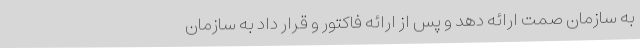
به سازمان صمت ارائه دهد و پس از ارائه فاکتور و قرار داد به سازمان